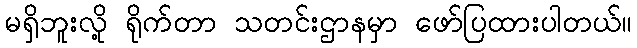
မရှိဘူးလို့ ရိုက်တာ သတင်းဌာနမှာ ဖော်ပြထားပါတယ်။